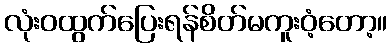
လုံးဝထွက်ပြေးရန်စိတ်မကူးဝံ့တော့။